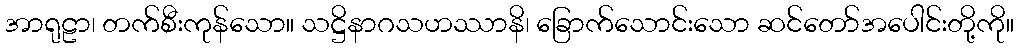
အာရုဠာ၊ တက်စီးကုန်သော။ သဋ္ဌိနာဂသဟဿာနိ၊ ခြောက်သောင်းသော ဆင်တော်အပေါင်းတို့ကို။